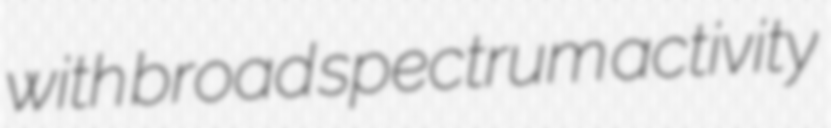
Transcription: with broad spectrum activity